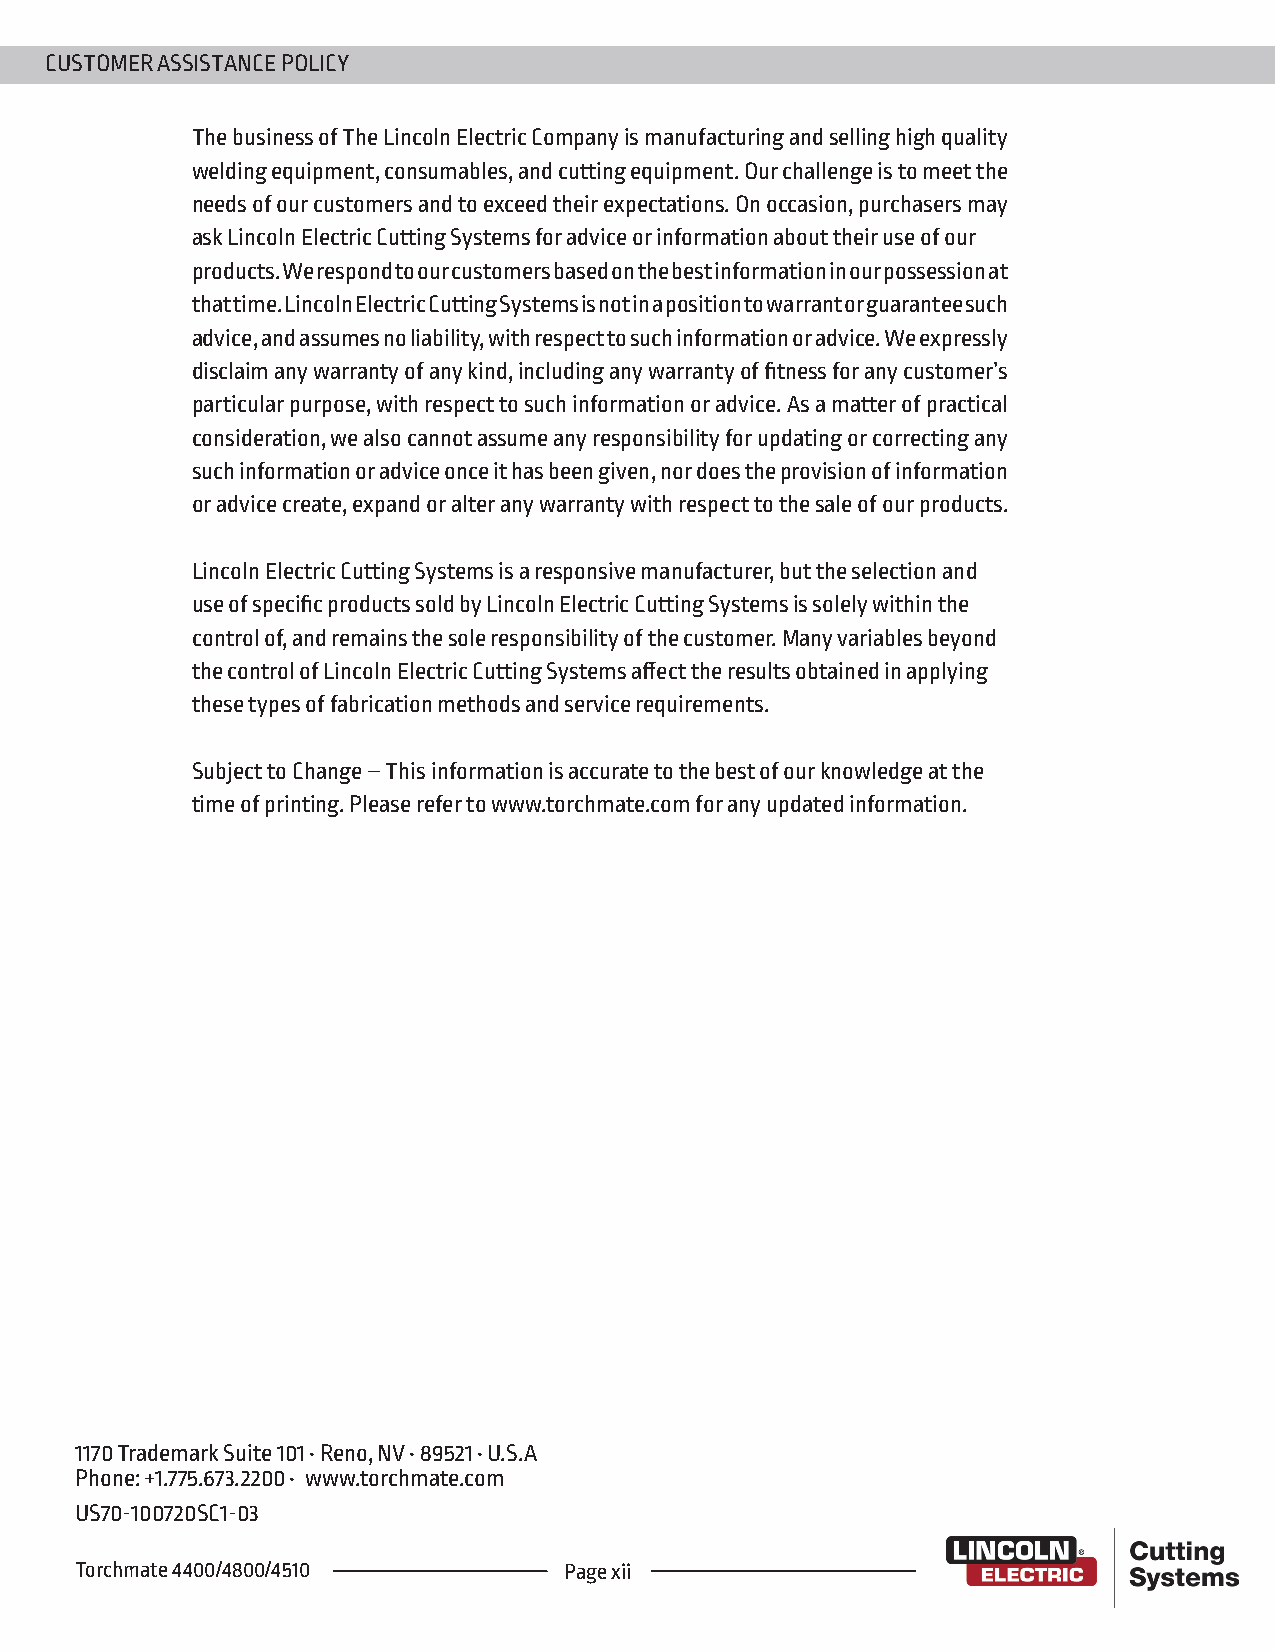
CUSTOMER ASSISTANCE POLICY
 The business of The Lincoln Electric Company is manufacturing and selling high quality
 welding equipment, consumables, and cutting equipment. Our challenge is to meet the
 needs of our customers and to exceed their expectations. On occasion, purchasers may
 ask Lincoln Electric Cutting Systems for advice or information about their use of our
 products. We respond to our customers based on the best information in our possession at
 that time. Lincoln Electric Cutting Systems is not in a position to warrant or guarantee such
 advice, and assumes no liability, with respect to such information or advice. We expressly
 disclaim any warranty of any kind, including any warranty of fitness for any customer’s
 particular purpose, with respect to such information or advice. As a matter of practical
 consideration, we also cannot assume any responsibility for updating or correcting any
 such information or advice once it has been given, nor does the provision of information
 or advice create, expand or alter any warranty with respect to the sale of our products.
 Lincoln Electric Cutting Systems is a responsive manufacturer, but the selection and
 use of specific products sold by Lincoln Electric Cutting Systems is solely within the
 control of, and remains the sole responsibility of the customer. Many variables beyond
 the control of Lincoln Electric Cutting Systems affect the results obtained in applying
 these types of fabrication methods and service requirements.
 Subject to Change – This information is accurate to the best of our knowledge at the
 time of printing. Please refer to www.torchmate.com for any updated information.
 1170 Trademark Suite 101 • Reno, NV • 89521 • U.S.A
 Phone: +1.775.673.2200 • www.torchmate.com
 US70-100720SC1-03
 Torchmate 4400/4800/4510        Page xii